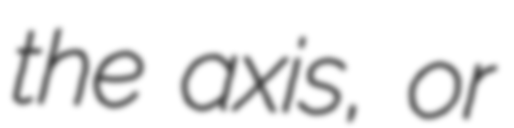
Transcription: the axis, or